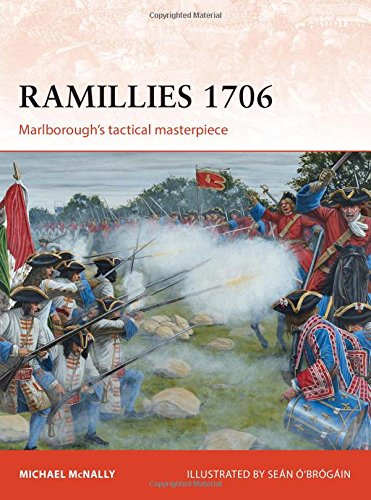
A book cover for Ramillies 1706: Marlborough's tactical masterpiece (Campaign); Michael McNally; History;